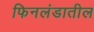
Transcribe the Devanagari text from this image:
फिनलंडातील